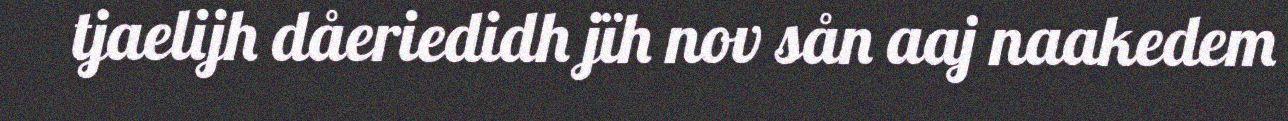
tjaelijh dåeriedidh jïh nov sån aaj naakedem